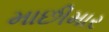
માછીમાર